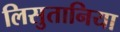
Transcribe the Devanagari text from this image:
लिसुतानिया